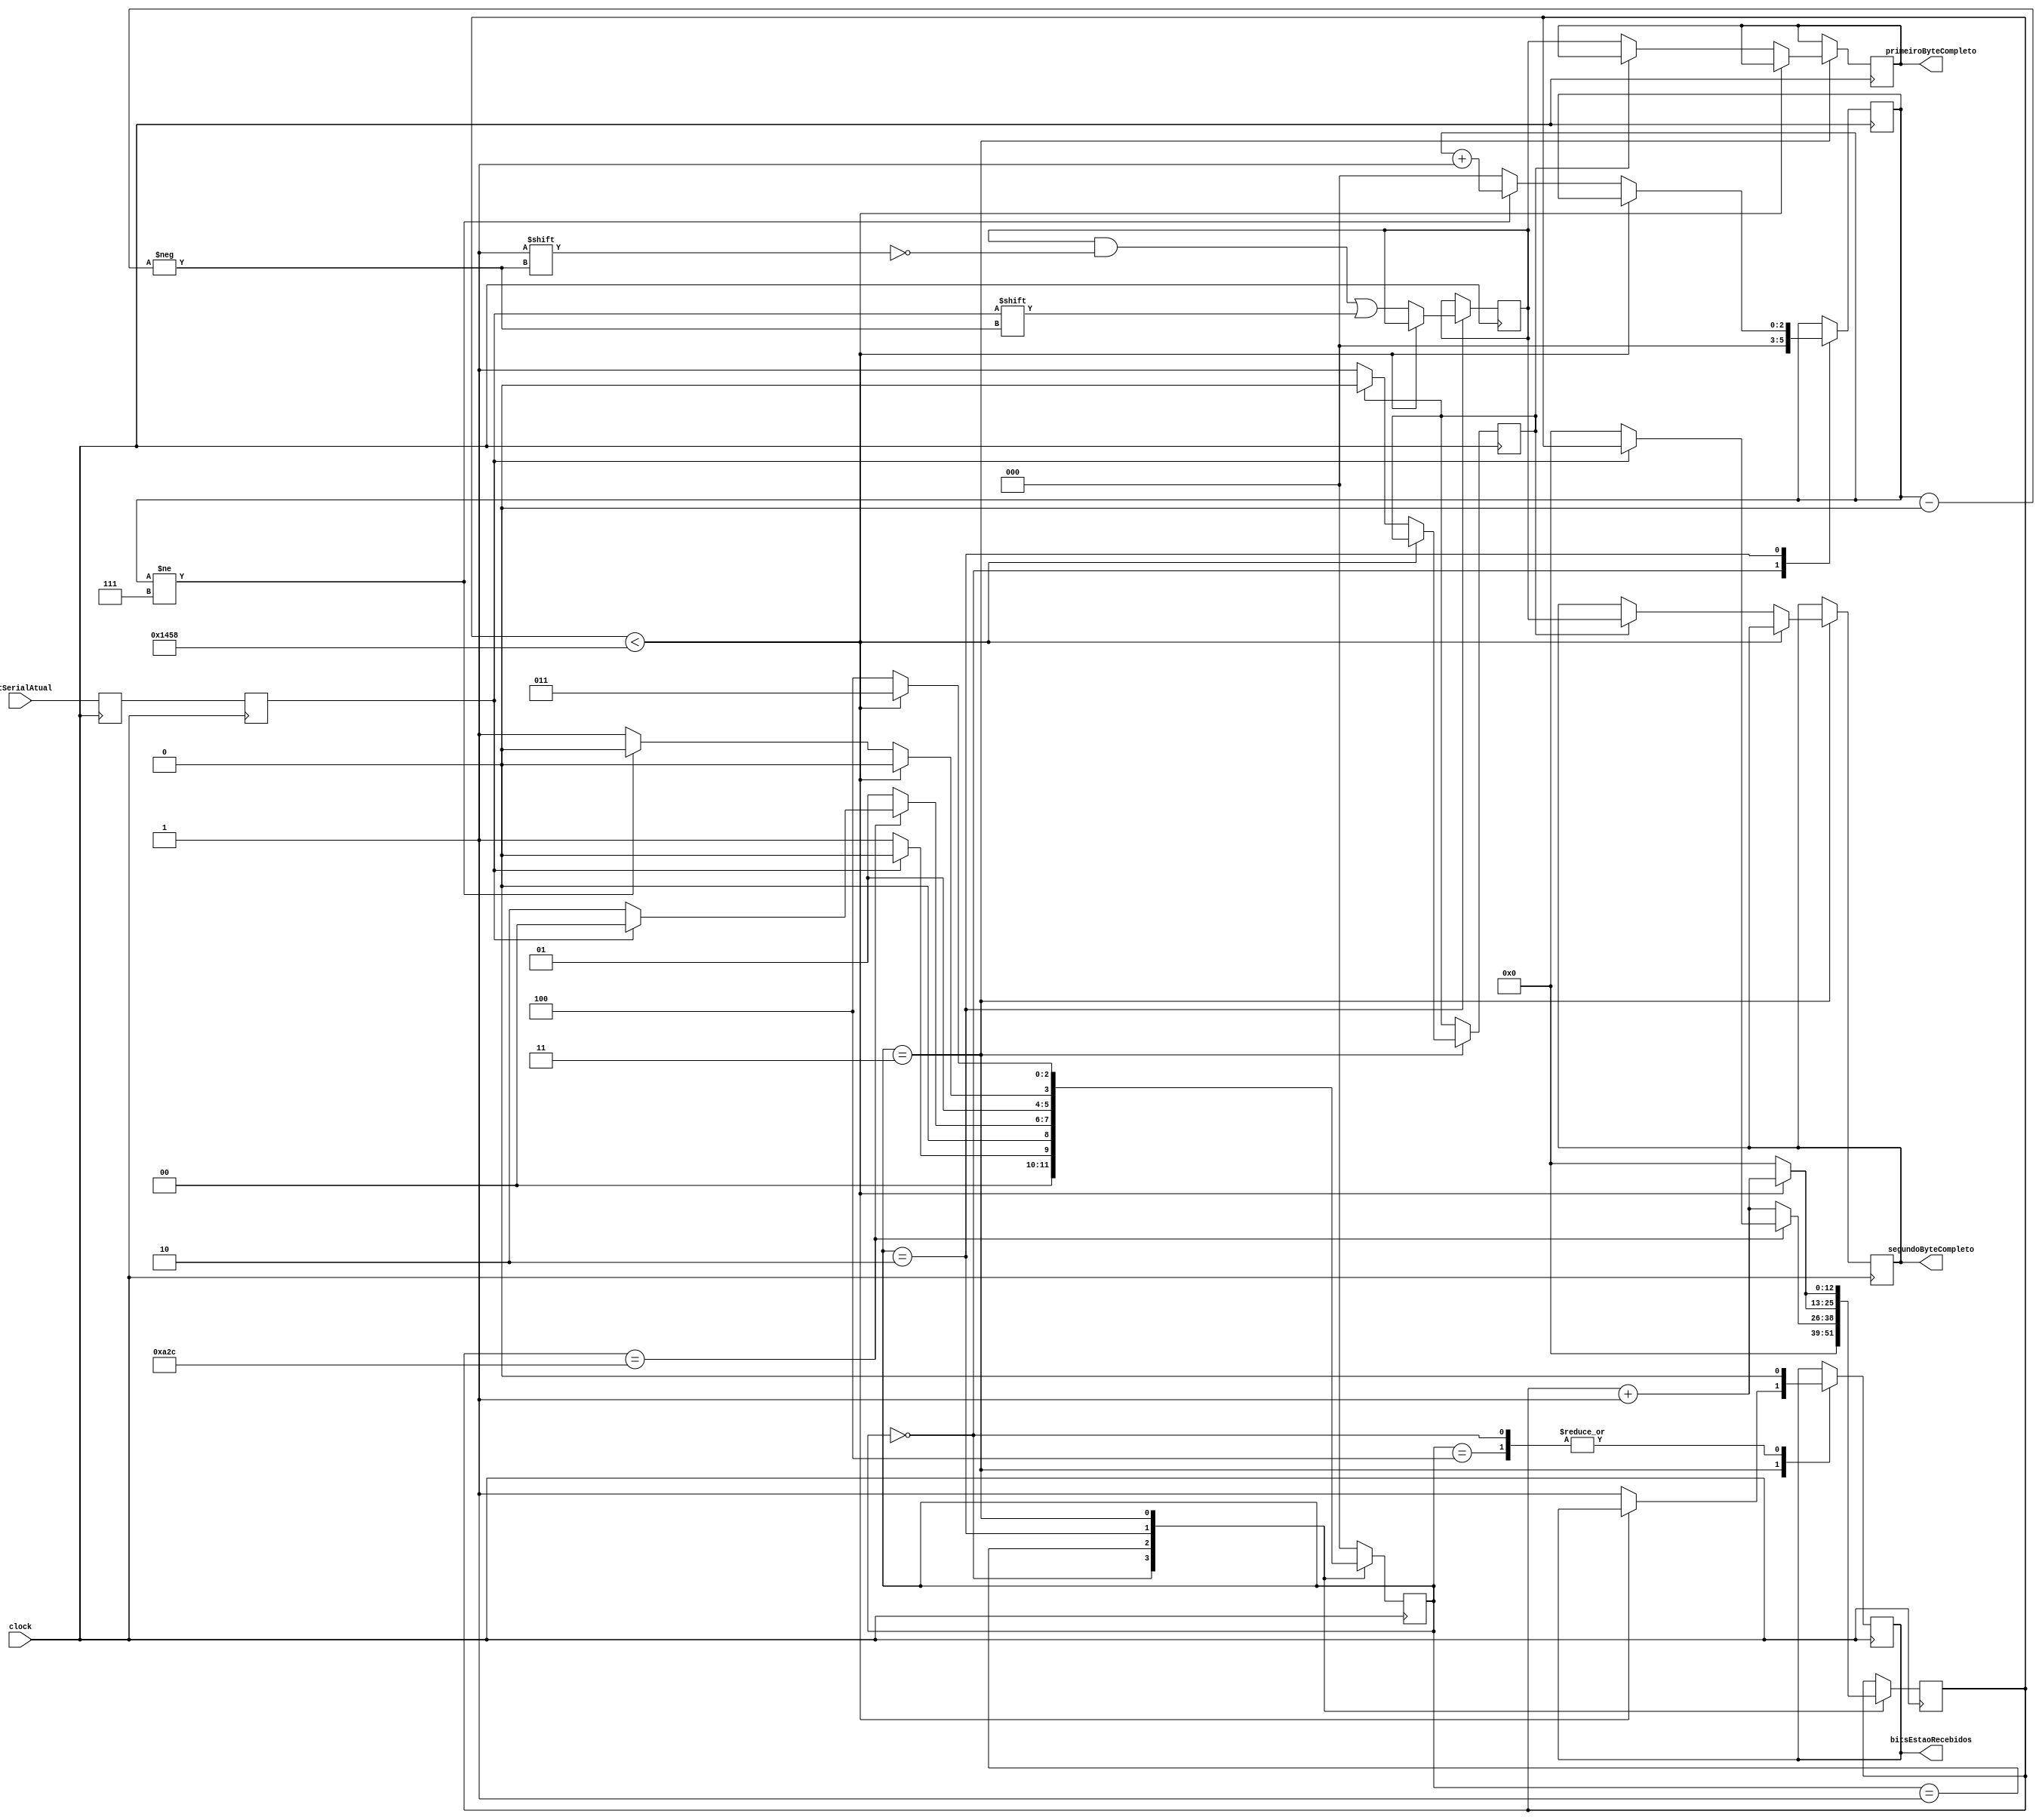
/////////////////////////////////////////////////////////////////////////////////////////////////////////
// Este arquivo contm a implementao de um receptor UART. 
// Est configurado para receber 8 bits de dados seriais, um bit de start e um bit de stop. 
// Quando a recepo estiver completa, o sinal bitsEstaoRecebidos ser colocado em nvel alto por um ciclo de clock.
// Fonte: http://www.nandland.com ||| Adaptao feita por Douglas Oliveira de Jesus.
/////////////////////////////////////////////////////////////////////////////////////////////////////////

module uart_rx #(parameter CLOCKS_POR_BIT = 5209)
  (
   input        clock, //Sinal de clock de entrada para sincronizao.
   input        bitSerialAtual, //Sinal serial de entrada que carrega os dados a serem recebidos.
   output       bitsEstaoRecebidos, //Sinal de sada que indica que os dados foram recebidos e esto disponveis.
   output [7:0] primeiroByteCompleto, //Sada de 8 bits que contm os dados do primeiro byte (de comando) recebido.
	output [7:0] segundoByteCompleto //Sada de 8 bits que contm os dados do segundo byte (de endereo) recebido.
   );
	
/*Definio dos estados da mquina de estados.*/

	localparam	estadoDeEspera				= 3'b000, //Estado de espera inicial. Aguardando a deteco de um bit de incio.
					estadoVerificaBitInicio = 3'b001, //Estado que verifica se o bit de incio ainda est baixo. 
					estadoDeEsperaBits		= 3'b010, //Estado que espera para amostrar os bits de dados durante os prximos CLOCKS_POR_BIT - 1 ciclos de clock. 
					estadoStopBit				= 3'b011, //Estado que espera a concluso do bit de parada (stop bit), que  logicamente alto. 
					estadoDeLimpeza			= 3'b100; //Aps a recepo bem-sucedida de um byte completo, as aes de limpeza so realizadas
   
/*
*Dois registros so definidos para armazenar o sinal serial de entrada. 
*serialDeEntradaBuffer armazena o valor atual do sinal serial (registrado na borda de subida do clock), 
*enquanto serialDeEntrada armazena o valor anterior (registrado na borda anterior do clock). 
*Isso ajuda a lidar com problemas de metastabilidade.
*/

	reg         serialDeEntradaBuffer	= 1'b1;
	reg         serialDeEntrada			= 1'b1;
	reg [12:0]  contadorDeClock			= 0; //Contador de ciclos de clock usado para sincronizao e temporizao.
	reg [2:0]   indiceDoBit					= 0; //ndice que rastreia a posio do bit atual dentro do byte recebido. 2 possibilita a contagem at 8. 
	reg [7:0]   armazenaBits				= 0; //Registrador que armazena os bits de dados recebidos, formando um byte completo.
	reg 			jaFoiOPrimeiro				= 0; //Sinal que verifica se o primeiro byte j foi preenchido.
	reg         dadosOk						= 0; //Sinal que indica quando os dados foram recebidos e esto disponveis para leitura.
	reg [2:0]   estadoAtual					= 0; //Registrador que mantm o estado atual da mquina de estados.
   reg [7:0] 	bufferPrimeiroByte 		= 0;
	reg [7:0] 	bufferSegundoByte 		= 0;
	
/*
*Atualizao dos registros serialDeEntradaBuffer e serialDeEntrada com o valor atual do sinal serial na borda de subida do clock. 
*Isso ajuda a remover problemas de metastabilidade.
*/

	always @(posedge clock)
		begin
			serialDeEntradaBuffer <= bitSerialAtual;
			serialDeEntrada   <= serialDeEntradaBuffer;
		end

/*
*Implementao da Mquina de Estados.
*/
   
	always @(posedge clock)
		begin
			case (estadoAtual)
/*
*estadoDeEspera: Neste estado, o mdulo est ocioso e aguardando a deteco de um bit de incio (start bit). 
*Se um bit de incio for detectado, a mquina de estados transita para o estado estadoVerificaBitInicio, caso contrrio, permanece em estadoDeEspera.
*/
				estadoDeEspera :
					begin
						dadosOk       <= 1'b0;
						contadorDeClock <= 0;
						indiceDoBit   <= 0;
						if (serialDeEntrada == 1'b0)          // Bit start detectado
							estadoAtual <= estadoVerificaBitInicio;
						else
							estadoAtual <= estadoDeEspera;
					end

/*
*estadoVerificaBitInicio: Este estado verifica se o bit de incio ainda est baixo (indicando a primeira metade do bit de incio). 
*Quando a metade do bit de incio  detectada, a mquina de estados verifica se o bit de incio ainda est baixo. 
*Se sim, a mquina de estados transita para o estado estadoDeEsperaBits.
*/

				estadoVerificaBitInicio :
					begin
						if (contadorDeClock == (CLOCKS_POR_BIT-1)/2)
							begin
								if (serialDeEntrada == 1'b0)
									begin
										contadorDeClock <= 0;  // reset counter, found the middle
										estadoAtual     <= estadoDeEsperaBits;
									end
								else
									estadoAtual <= estadoDeEspera;
							end
						else
							begin
								contadorDeClock <= contadorDeClock + 1'b1;
								estadoAtual     <= estadoVerificaBitInicio;
							end
					end // case: estadoVerificaBitInicio

		
/*
*estadoDeEsperaBits: Neste estado, o mdulo aguarda para amostrar os bits de dados nos prximos CLOCKS_POR_BIT - 1 ciclos de clock. 
*Uma vez que os 8 bits de dados so amostrados, a mquina de estados transita para o estado estadoStopBit.
*/
				estadoDeEsperaBits :
					begin
						if (contadorDeClock < CLOCKS_POR_BIT-1)
							begin
								contadorDeClock <= contadorDeClock + 1'b1;
								estadoAtual     <= estadoDeEsperaBits;
							end
						else
							begin
								contadorDeClock          <= 0;
								armazenaBits[indiceDoBit] <= serialDeEntrada;

								// Verifica se recebemos todos os bits
								if (indiceDoBit != 7)
									begin
										indiceDoBit <= indiceDoBit + 1'b1;
										estadoAtual   <= estadoDeEsperaBits;
									end
								else
									begin
										indiceDoBit <= 0;
										estadoAtual   <= estadoStopBit;
									end
							end
					end // case: estadoDeEsperaBits

  
/*
*estadoStopBit: Neste estado, o mdulo aguarda a concluso do bit de parada (stop bit), que  logicamente alto. 
*Aps a espera, o sinal bitsEstaoRecebidos  ativado e a mquina de estados transita para o estado estadoDeLimpeza.
*/

				estadoStopBit :
					begin
						// Aguarda CLOCKS_POR_BIT-1 clicos de clock para finalizar.
						if (contadorDeClock < CLOCKS_POR_BIT-1)
							begin
								contadorDeClock <= contadorDeClock + 1;
								estadoAtual     <= estadoStopBit;
							end
						else
							begin 
								dadosOk       <= 1'b1;
								contadorDeClock <= 0;
								if (jaFoiOPrimeiro == 1'b1) //Avalia se o primeiro byte j foi preenchido.
									begin
										bufferSegundoByte = armazenaBits; //Se sim, o segundo byte recebe os bits armazenados nesse instante.
										jaFoiOPrimeiro <= 0;
									end
								else 
									begin
										bufferPrimeiroByte = armazenaBits; //Se no, o primeiro byte recebe os bits armazenados nesse instante.
										jaFoiOPrimeiro <= 1;
									end
								estadoAtual     <= estadoDeLimpeza;
							end
					end // case: estadoStopBit

		
/*estadoDeLimpeza: Neste estado, aps a recepo bem-sucedida de um byte completo, as aes de limpeza so realizadas. 
*O sinal bitsEstaoRecebidos  ativado por um ciclo de clock, indicando que os dados esto prontos para serem lidos. 
*Em seguida, a mquina de estados retorna ao estado estadoDeEspera, e o sinal bitsEstaoRecebidos  desativado.
*/
				estadoDeLimpeza :
					begin
						estadoAtual <= estadoDeEspera;
						dadosOk   <= 1'b0;
					end

		
				default :
					estadoAtual <= estadoDeEspera;

			endcase
		end   
   
	assign bitsEstaoRecebidos   	= dadosOk;
	assign primeiroByteCompleto 	= bufferPrimeiroByte;
	assign segundoByteCompleto 	= bufferSegundoByte;
   
endmodule